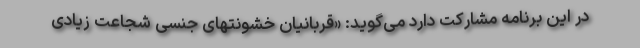
در این برنامه مشارکت دارد می‌گوید: «قربانیان خشونتهای جنسی شجاعت زیادی